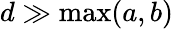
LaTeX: d\gg\operatorname*{max}(a,b)